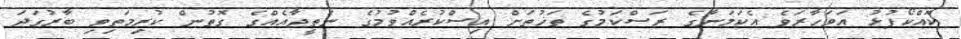
ކޮއްކޯފުޅު އަވަހާރަވެ އެކަމަނާގެ ރަސްކަމުގެ ތަޚުތަށް އިސްކުރެއްވުމުގެ ނަތީޖާއެއްގެ ގޮތުން ކުރިމަތިވި ބާރުގަދަ